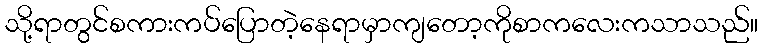
သို့ရာတွင်စကားကပ်ပြောတဲ့နေရာမှာကျတော့ကိုစာကလေးကသာသည်။